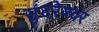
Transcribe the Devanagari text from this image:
सुंदरेश्‍वर